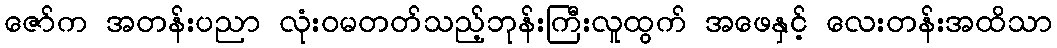
ဇော်က အတန်းပညာ လုံးဝမတတ်သည့်ဘုန်းကြီးလူထွက် အဖေနှင့် လေးတန်းအထိသာ